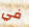
في